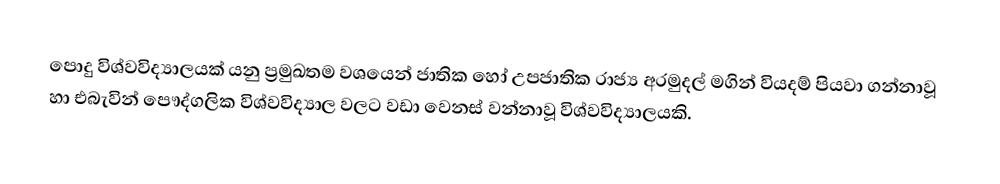
පොදු විශ්වවිද්‍යාලයක් යනු ප්‍රමුඛතම වශයෙන් ජාතික හෝ උපජාතික රාජ්‍ය අරමුදල් මගින් වියදම් පියවා ගන්නාවූ හා එබැවින් පෞද්ගලික විශ්වවිද්‍යාල වලට වඩා වෙනස් වන්නාවූ  විශ්වවිද්‍යාලයකි.